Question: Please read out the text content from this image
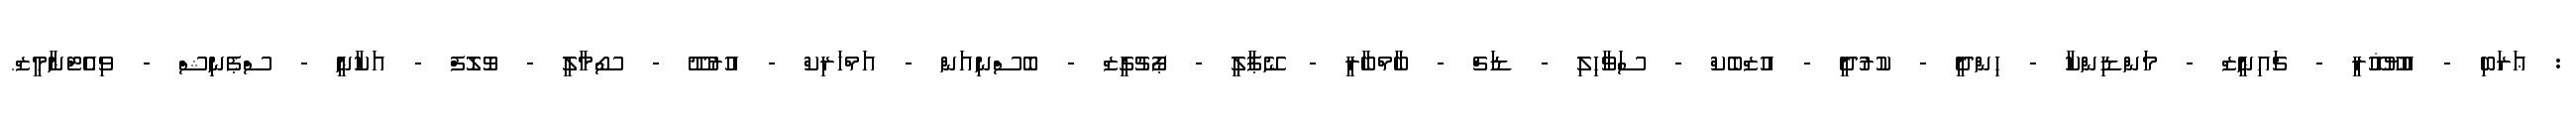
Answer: : ޢަރަބި - އުޔޫޣޫރީ - ޗައިނީޒް - މަންޑިންކާ - ހިންދީ - ކުރުދީ - އުޒްބެކް - ސަވާހިލި - ޑަޗް - ބާމްބާރީ - ނޭޕާލީ - ޕޯޗުގީޒް - ބޮސްނިއަން - އަމްހަރިކް - އުރުދޫ - ސޯމާލީ - ވޮލޮފް - އަކާނީ - ސްޕެނިޝް - ވިއެޓްނާމީޒް.